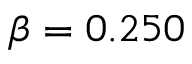
\beta = 0 . 2 5 0